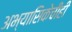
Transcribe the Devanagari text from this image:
अभ्यासिकेचीही